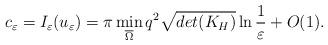
LaTeX: \begin{align*}c_\varepsilon=I_\varepsilon(u_\varepsilon)=\pi \min\limits_{\overline{\Omega} }q^2\sqrt{det(K_H)}\ln\frac{1}{\varepsilon}+O(1).\end{align*}